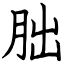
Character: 朏